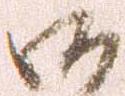
御